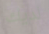
لديك